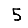
Digit: 5